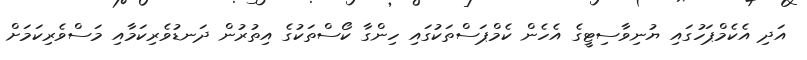
އަދި އެކެމްޕަހުގައި ޔުނިވާސިޓީގެ އެހެން ކެމްޕަސްތަކުގައި ހިންގާ ކޯސްތަކުގެ އިތުރުން ދަނޑުވެރިކަމާއި މަސްވެރިކަމަށް